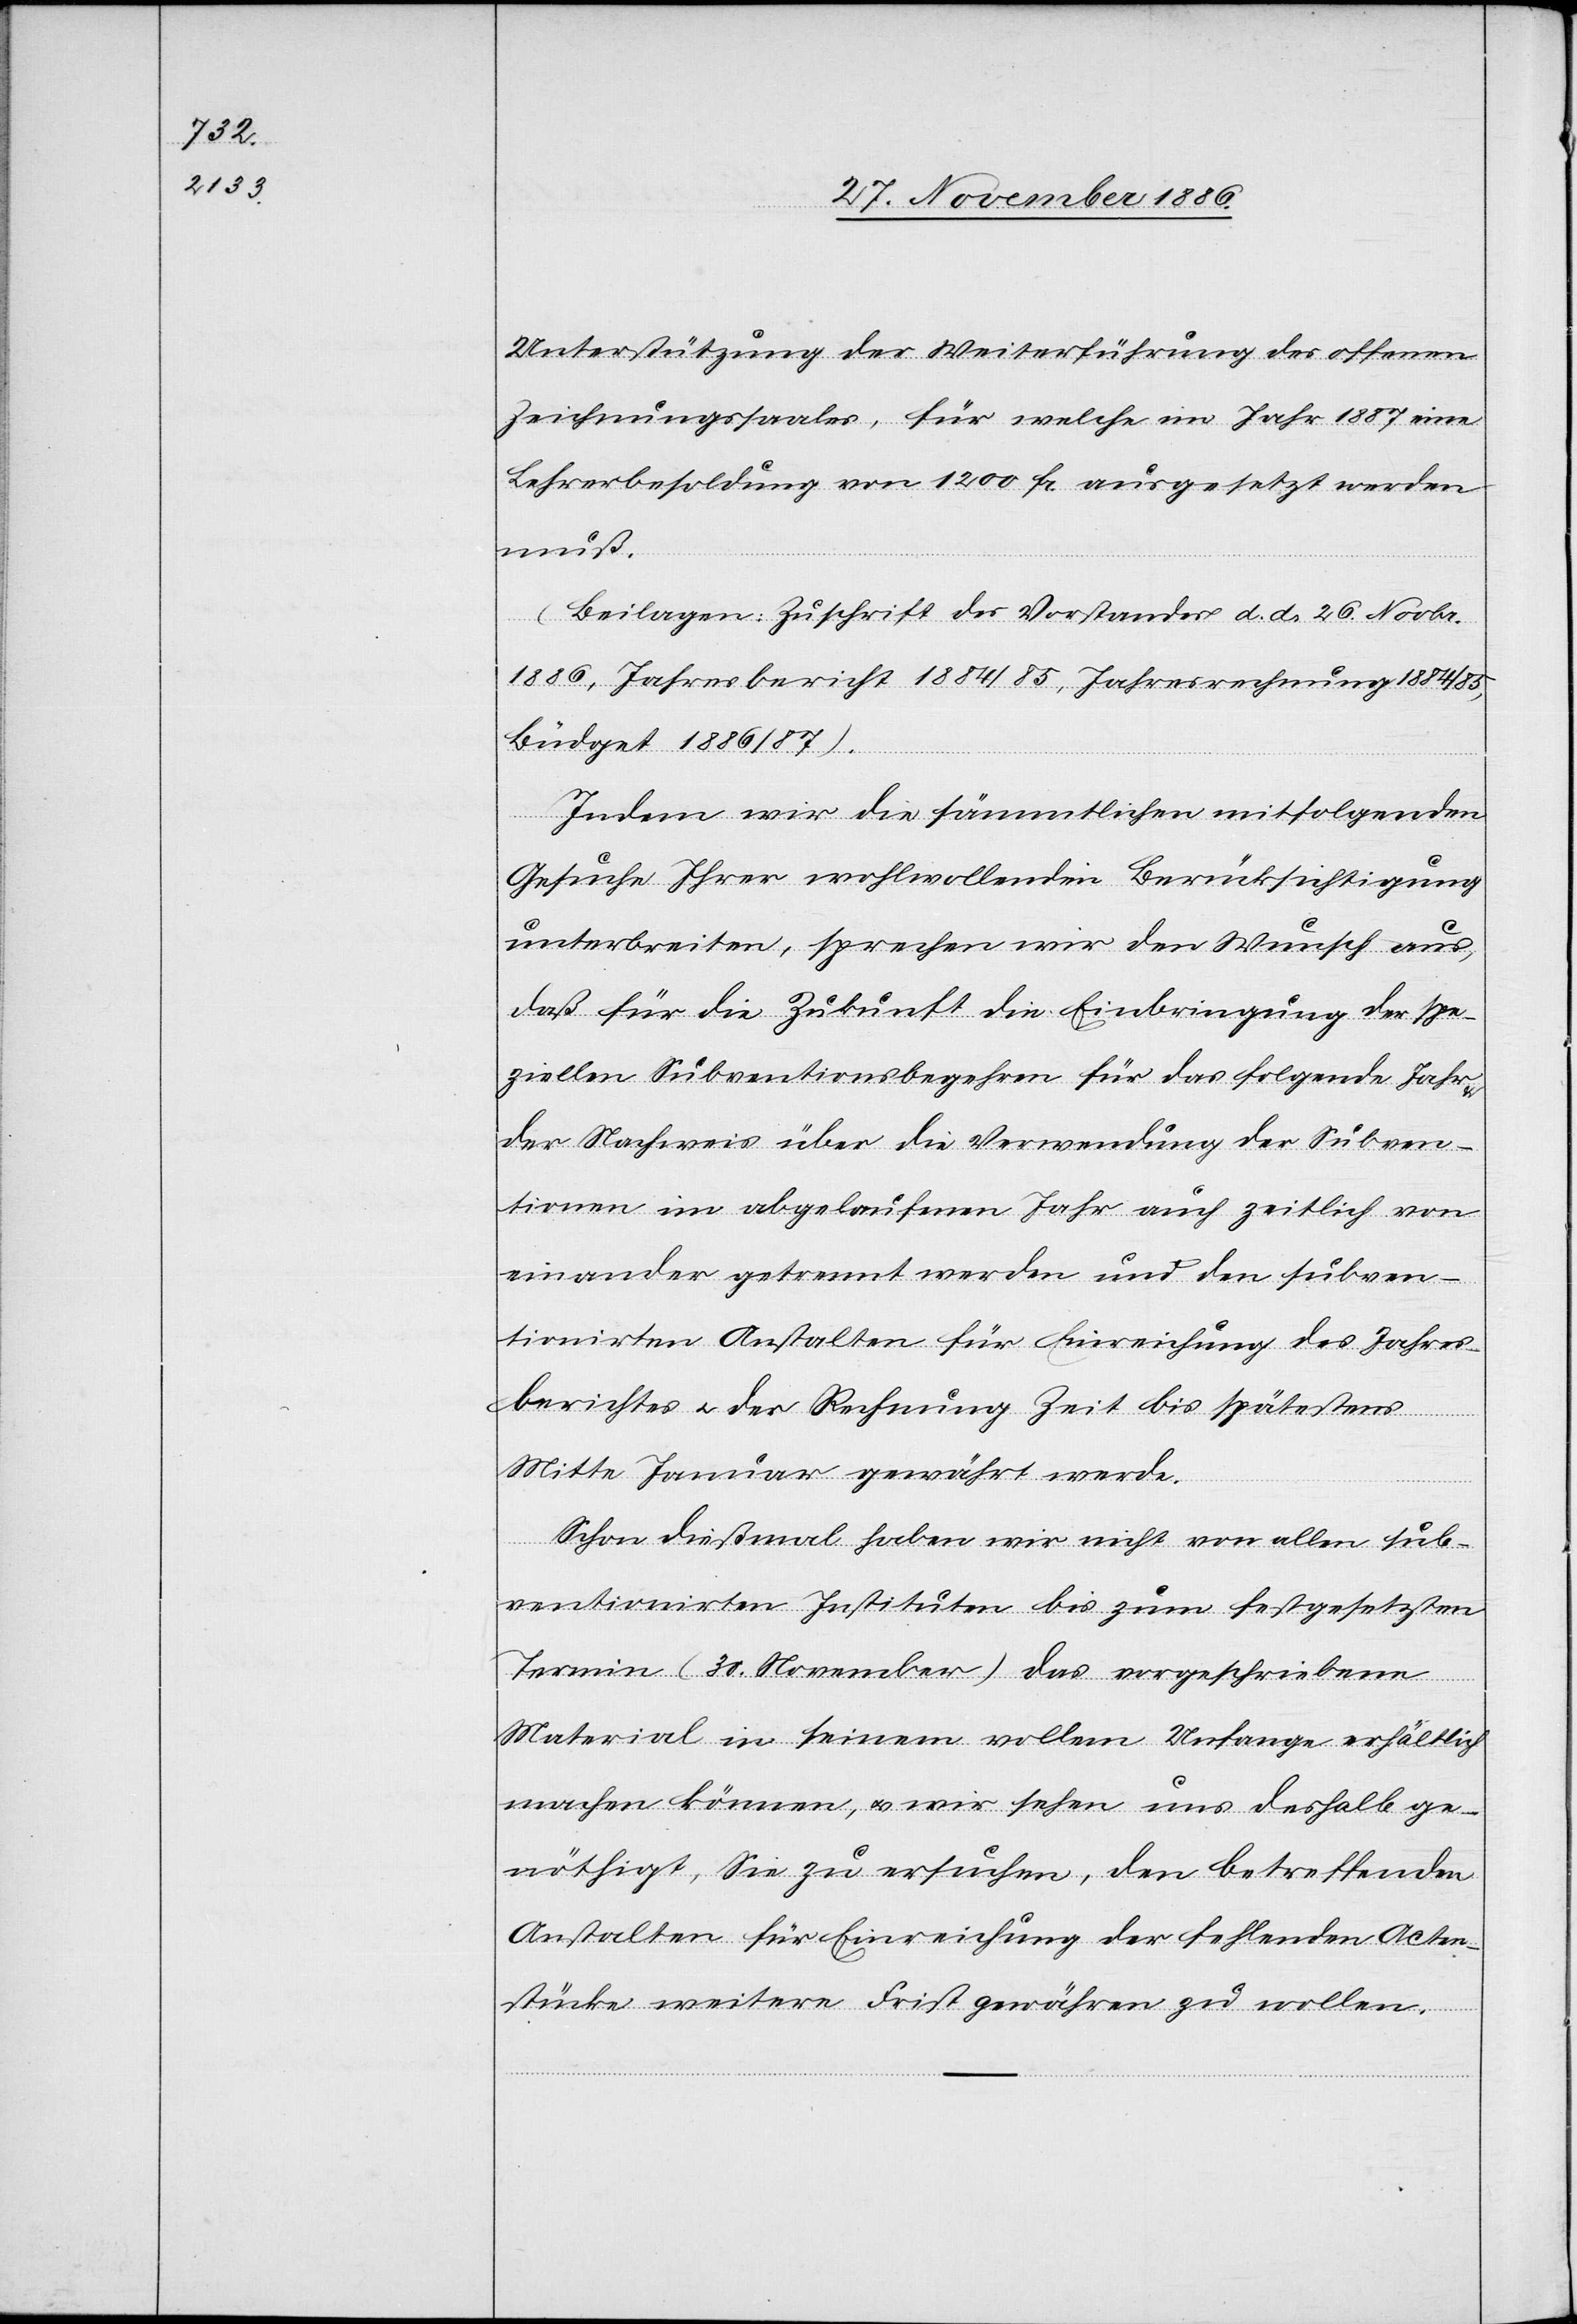
Unterstützung der Weiterführung des offenen
Zeichnungssaales, für welche im Jahr 1887 eine
Lehrerbesoldung von 1200 Fr. ausgesetzt werden
muß.
(Beilagen: Zuschrift des Vorstandes d. d. 26. Novbr.
1886, Jahresbericht 1884/85, Jahresrechnung 1884/85,
Büdget 1886/87).
Indem wir die sämmtlichen mitfolgenden
Gesuche Ihrer wohlwollenden Berücksichtigung
unterbreiten, sprechen wir den Wunsch aus,
daß für die Zukunft die Einbringung der spe¬
ziellen Subventionsbegehren für das folgende Jahr
der Nachweis über die Verwendung der Subven¬
tionen im abgelaufenen Jahr auch zeitlich von
einander getrennt werden und den subven¬
tionirten Anstalten für Einreichung des Jahres¬
berichtes & der Rechnung Zeit bis spätestens
Mitte Januar gewährt werde.
Schon dießmal haben wir nicht von allen sub¬
ventionirten Instituten bis zum festgesetzten
Termin (30. November) das vorgeschriebene
Material in seinem vollem Unfange [sic!] erhältlich
machen können, & wir sehen uns deshalb ge¬
nöthigt, Sie zu ersuchen, den betreffenden
Anstalten für Einreichung der fehlenden Acten¬
stücke weitere Frist gewähren zu wollen.